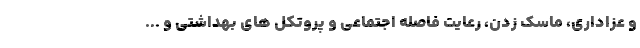
و عزاداری، ماسک زدن، رعایت فاصله اجتماعی و پروتکل های بهداشتی و ...